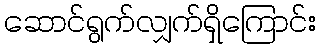
ဆောင်ရွက်လျှက်ရှိကြောင်း